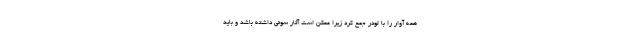
همه آوار را با لودر جمع کرد زیرا ممکن است آثار سوئی داشته باشد و باید